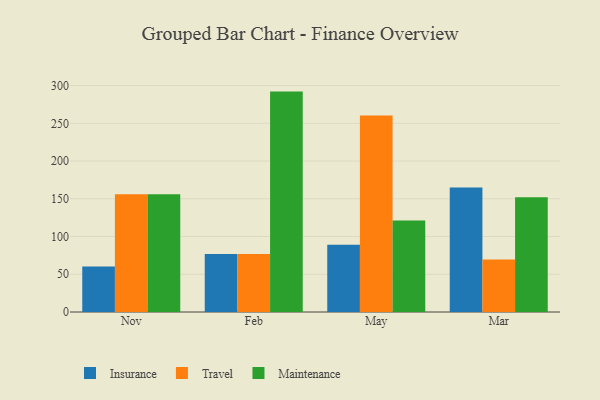
{"axis": {"x": "Month", "y": "Production Output"}, "legend": ["Insurance", "Maintenance", "Travel"], "data": [{"x": "Nov", "y": 60.4, "type": "Insurance"}, {"x": "Nov", "y": 156.0, "type": "Travel"}, {"x": "Nov", "y": 156.1, "type": "Maintenance"}, {"x": "Feb", "y": 77.0, "type": "Insurance"}, {"x": "Feb", "y": 77.0, "type": "Travel"}, {"x": "Feb", "y": 292.0, "type": "Maintenance"}, {"x": "May", "y": 89.2, "type": "Insurance"}, {"x": "May", "y": 260.2, "type": "Travel"}, {"x": "May", "y": 121.3, "type": "Maintenance"}, {"x": "Mar", "y": 164.9, "type": "Insurance"}, {"x": "Mar", "y": 69.5, "type": "Travel"}, {"x": "Mar", "y": 152.1, "type": "Maintenance"}]}